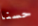
حسنا